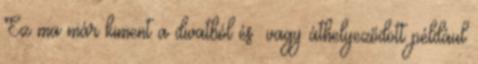
Ez ma már kiment a divatból és vagy áthelyeződött például